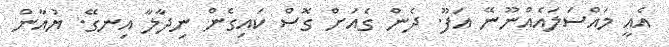
އެއީ މައްސަލައެއްނޫނޭ އަފޫ. ދެން ގެއަށް ގޮސް ކައިގެން ނިދާލާ އިނގޭ. ޔުއާން